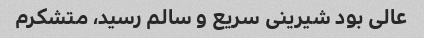
عالی بود شیرینی سریع و سالم رسید، متشکرم